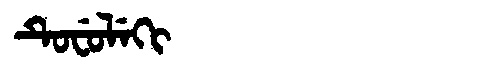
Manchu: ᡨᡠᠸᡠᠯᡝᡴᡳ
Romanization: TUFULEKI